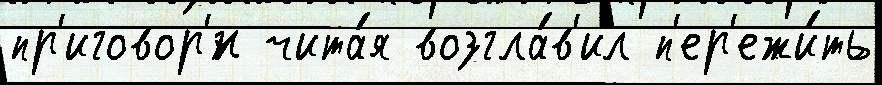
пр'иговор'́н чита́я возгла́в'ил п'ер'ежи́ть